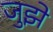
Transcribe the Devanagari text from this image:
जुझे